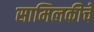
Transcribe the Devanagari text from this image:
सामिलकीचे